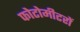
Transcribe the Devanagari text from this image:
फोटोमीटरों